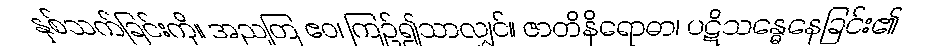
နှစ်သက်ခြင်းကို။ အညတြ ဧဝ၊ ကြဉ်၍သာလျှင်။ ဇာတိနိရောဓာ၊ ပဋိသန္ဓေနေခြင်း၏